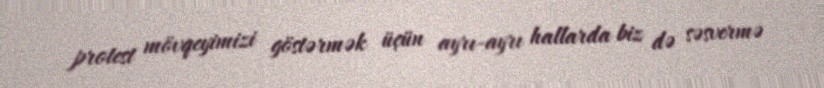
protest mövqeyimizi göstərmək üçün ayrı-ayrı hallarda biz də səsvermə